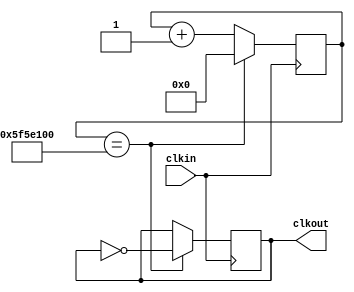
`timescale 1ns / 1ps

module clk_divider(clkin, clkout);
input clkin;
output reg clkout;


reg [31:0] counter;

initial begin
clkout = 1'b0; // blocking assignment 
counter = 32'h00000000;

end 

always@(posedge clkin)
begin
    if (counter == 32'h5F5E100)begin
    counter <= 1'b0;   // non-blocking assignment 
    clkout <= ~ clkout; end
    else 
    begin
    counter <= counter + 1;
    
    end 
    
end

endmodule 

//module TB;
//reg clkin;
//wire clkout; 
//wire [31:0] counter;

//parameter T = 10; // 10 ns

//initial
//clkin = 0;
//always 
//#(T/2) clkin = ~ clkin;

//clk_divider inst0(clkin, clkout, counter);

//endmodule 



//////////////////////////////////////
module Top(clkIn, In, q0, q1, q2, q3);
input clkIn, In;
output q0, q1, q2, q3;
wire clkout;

clk_divider inst0(clkIn, clkout);
shift_nonblocking inst1(q0, q1, q2, q3, In, clkout);



endmodule


module shift_nonblocking(q0, q1, q2, out, in, clk);
input in, clk;
output reg q0, q1, q2, out; 


always@(posedge clk)
begin
    q0  <= in;
    q1  <= q0;
    q2  <= q1;
    out <= q2;
end 
endmodule